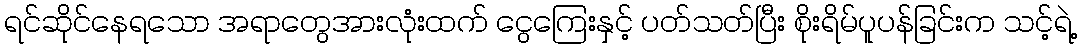
ရင်ဆိုင်နေရသော အရာတွေအားလုံးထက် ငွေကြေးနှင့် ပတ်သတ်ပြီး စိုးရိမ်ပူပန်ခြင်းက သင့်ရဲ့